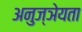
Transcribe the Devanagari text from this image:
अनुज्ञेयता